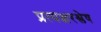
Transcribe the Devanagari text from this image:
प्रत्यक्षरश्लेष